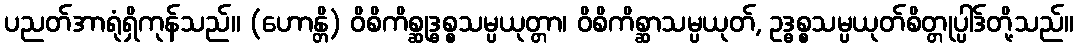
ပညတ်အာရုံရှိကုန်သည်။ (ဟောန္တိ) ဝိစိကိစ္ဆုဒ္ဓစ္စသမ္ပယုတ္တာ၊ ဝိစိကိစ္ဆာသမ္ပယုတ်, ဥဒ္ဓစ္စသမ္ပယုတ်စိတ္တုပ္ပါဒ်တို့သည်။